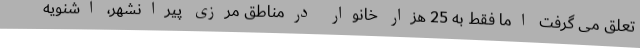
تعلق می گرفت اما فقط به 25 هزار خانوار درمناطق مرزی پیرانشهر، اشنویه